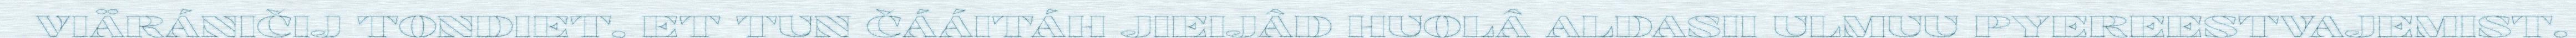
VIÄRÁNIČIJ TONDIET, ET TUN ČÁÁITÁH JIEIJÂD HUOLÂ ALDASII ULMUU PYEREESTVAJEMIST.